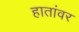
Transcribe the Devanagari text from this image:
हातांवर